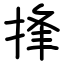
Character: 捀